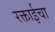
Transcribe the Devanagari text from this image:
रक्ताईचा